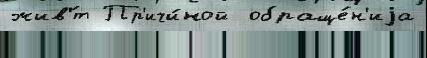
жив'́т Пр'ичи́ной  обраще́н'иjа